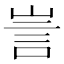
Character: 訔